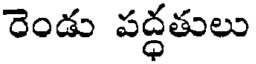
రెండు పద్ధతులు